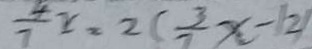
\frac { 4 } { 7 } x = 2 ( \frac { 3 } { 7 } x - 1 2 )